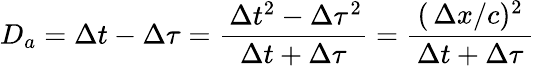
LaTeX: D_{a}=\Delta t-\Delta\tau=\frac{\, \Delta t^{2}-\Delta\tau^{2}}{\Delta t+\Delta\tau}=\frac{(\, \Delta x/c)^{2}}{\, \Delta t+\Delta\tau\, }